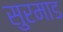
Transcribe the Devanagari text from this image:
सुरमाड